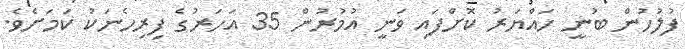
ފުލުހުން ބުނީ ހައްޔަރު ކޮށްފައި ވަނީ އުމުރުން 35 އަހަރުގެ ފިރިހެނަކު ކަމަށެވެ.